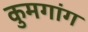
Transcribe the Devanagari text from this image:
कुमगांग